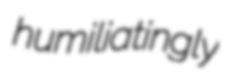
humiliatingly